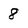
Character: 8